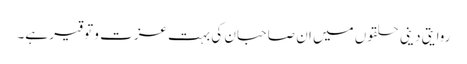
روایتی دینی حلقوں میں ان صاحبان کی بہت عزت و توقیر ہے۔